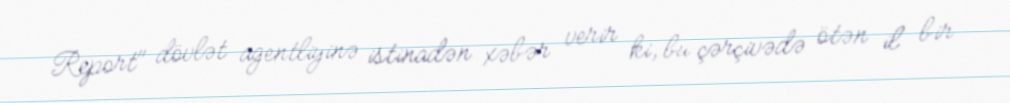
Report" dövlət agentliyinə istinadən xəbər verir ki, bu çərçivədə ötən il bir